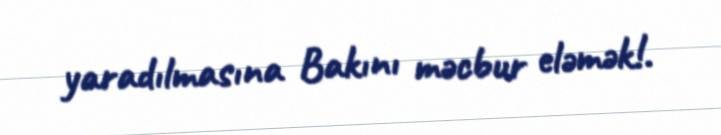
yaradılmasına Bakını məcbur eləmək!.